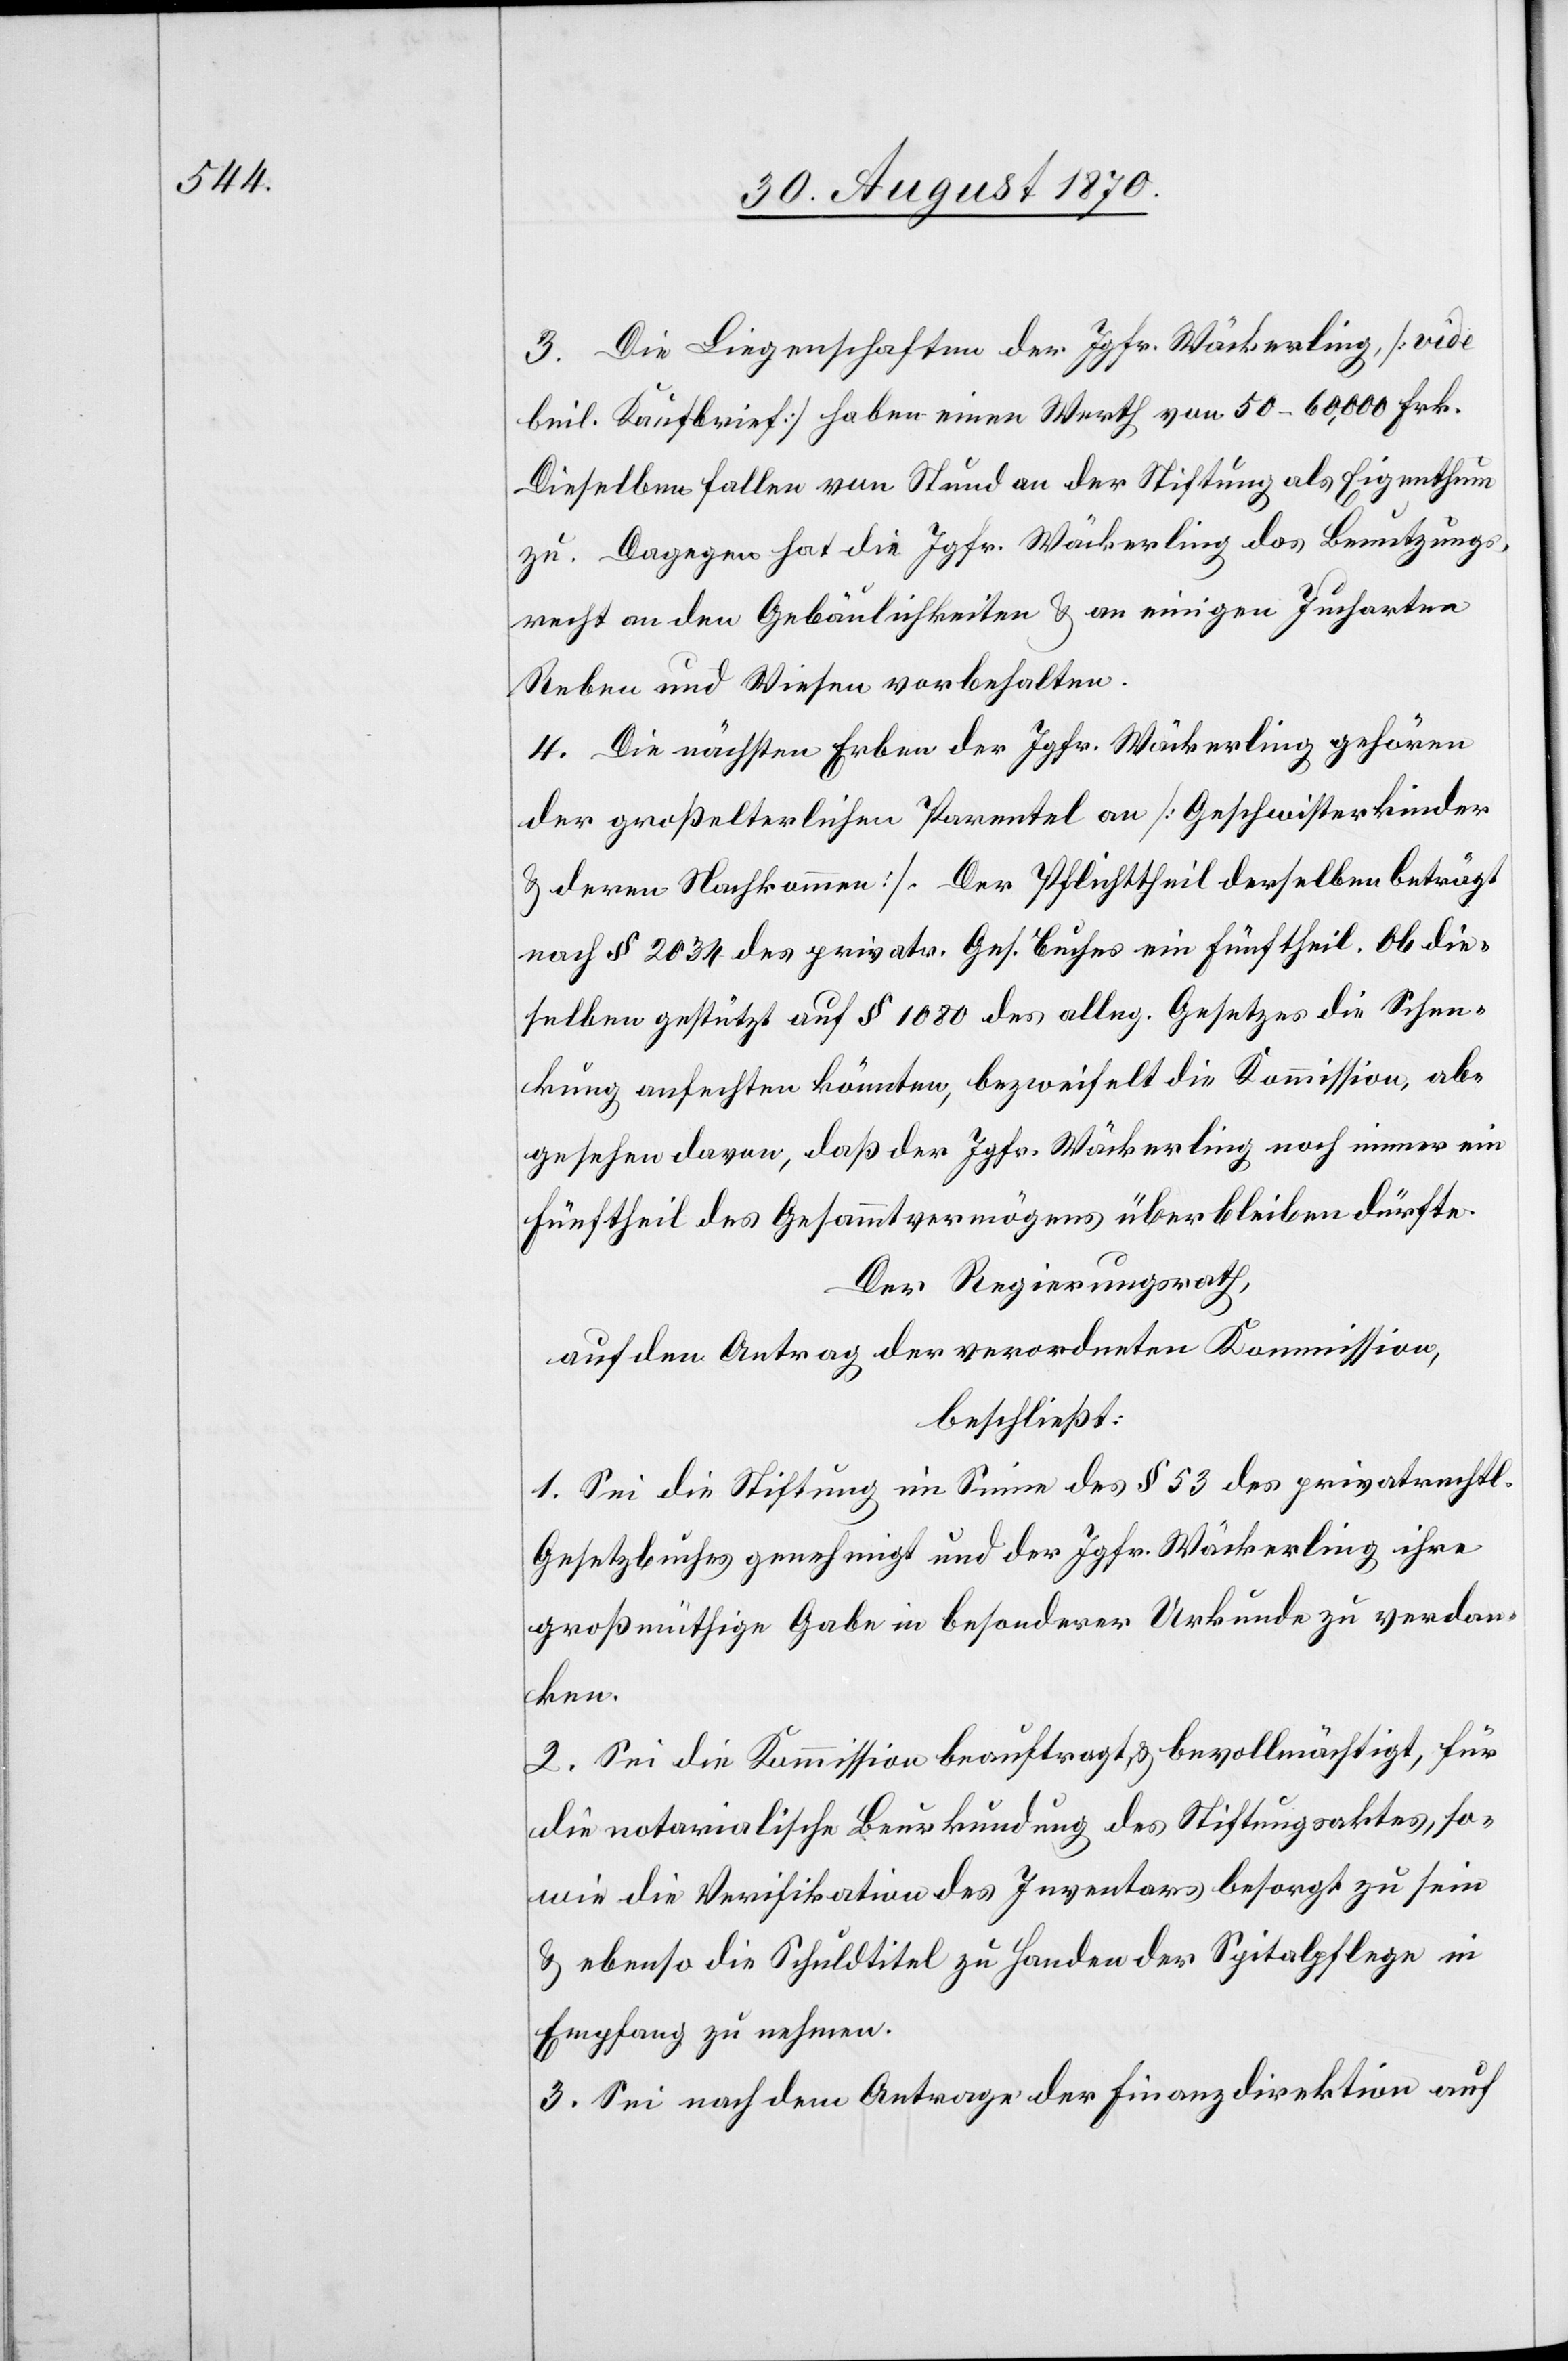
3. Die Liegenschaften der Jgfr. Wäckerling [vide
beil. Kaufbrief] haben einen Werth von 50–60,000 Frk.
Dieselben fallen von Stund an der Stiftung als Eigenthum
zu. Dagegen hat die Jgfr. Wäckerling das Benutzungs¬
recht an den Gebäulichkeiten & an einigen Jucharten
Reben und Wiesen vorbehalten.
4. Die nächsten Erben der Jgfr. Wäckerling gehören
der großelterlichen Parentel an [Geschwisterkinder
& deren Nachkommen]. Der Pflichttheil derselben beträgt
nach § 2034 des privatr. Ges. Buches ein Fünftheil. Ob die¬
selben gestützt auf § 1080 des alleg. [sic!] Gesetzes die Schen¬
kung anfechten könnten, bezweifelt die Kommission, ab¬
gesehen davon, daß der Jgfr. Wäckerling noch immer ein
Fünftheil des Gesammtvermögens überbleiben dürfte.
Der Regierungsrath,
auf den Antrag der verordneten Kommission,
beschließt:
1. Sei die Stiftung im Sinne des § 53 des privatrechtl.
Gesetzbuches genehmigt und der Jgfr. Wäckerling ihre
großmüthige Gabe in besonderer Urkunde zu verdan¬
ken.
2. Sei die Kommission beauftragt, & bevollmächtigt, für
die notarialische Beurkundung des Stiftungsaktes, so¬
wie die Verifikation des Inventars besorgt zu sein
& ebenso die Schuldtitel zu Handen der Spitalpflege in
Empfang zu nehmen.
3. Sei nach dem Antrage der Finanzdirektion auf